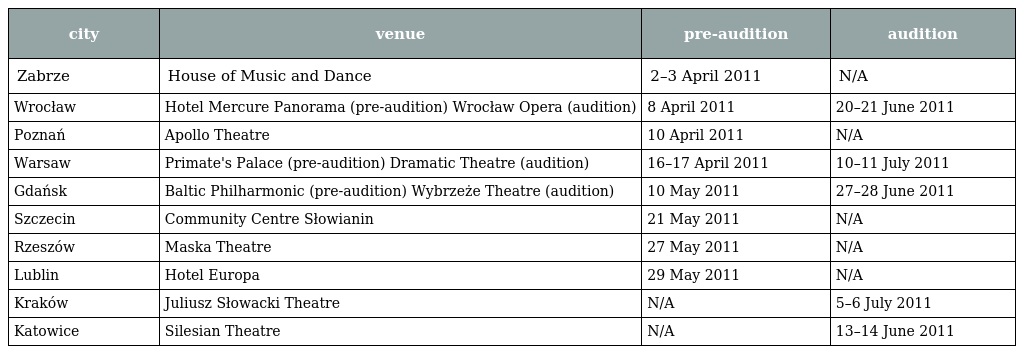
| city | venue | pre-audition | audition |
 | --- | --- | --- | --- |
 | Zabrze | House of Music and Dance | 2–3 April 2011 | N/A |
 | Wrocław | Hotel Mercure Panorama (pre-audition) Wrocław Opera (audition) | 8 April 2011 | 20–21 June 2011 |
 | Poznań | Apollo Theatre | 10 April 2011 | N/A |
 | Warsaw | Primate's Palace (pre-audition) Dramatic Theatre (audition) | 16–17 April 2011 | 10–11 July 2011 |
 | Gdańsk | Baltic Philharmonic (pre-audition) Wybrzeże Theatre (audition) | 10 May 2011 | 27–28 June 2011 |
 | Szczecin | Community Centre Słowianin | 21 May 2011 | N/A |
 | Rzeszów | Maska Theatre | 27 May 2011 | N/A |
 | Lublin | Hotel Europa | 29 May 2011 | N/A |
 | Kraków | Juliusz Słowacki Theatre | N/A | 5–6 July 2011 |
 | Katowice | Silesian Theatre | N/A | 13–14 June 2011 |